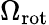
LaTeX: \Omega_{\mathrm{{rot}}}